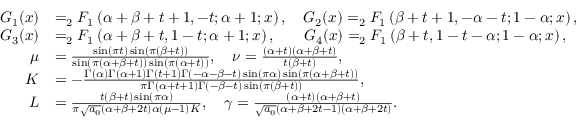
\begin{array} { r l } { G _ { 1 } ( x ) } & { = _ { 2 } F _ { 1 } \left( \alpha + \beta + t + 1 , - t ; \alpha + 1 ; x \right) , \quad G _ { 2 } ( x ) = _ { 2 } F _ { 1 } \left( \beta + t + 1 , - \alpha - t ; 1 - \alpha ; x \right) , } \\ { G _ { 3 } ( x ) } & { = _ { 2 } F _ { 1 } \left( \alpha + \beta + t , 1 - t ; \alpha + 1 ; x \right) , \quad \; \; \; G _ { 4 } ( x ) = _ { 2 } F _ { 1 } \left( \beta + t , 1 - t - \alpha ; 1 - \alpha ; x \right) , } \\ { \mu } & { = \frac { \sin ( \pi t ) \sin ( \pi ( \beta + t ) ) } { \sin ( \pi ( \alpha + \beta + t ) ) \sin ( \pi ( \alpha + t ) ) } , \quad \nu = \frac { ( \alpha + t ) ( \alpha + \beta + t ) } { t ( \beta + t ) } , } \\ { K } & { = - \frac { \Gamma ( \alpha ) \Gamma ( \alpha + 1 ) \Gamma ( t + 1 ) \Gamma ( - \alpha - \beta - t ) \sin ( \pi \alpha ) \sin ( \pi ( \alpha + \beta + t ) ) } { \pi \Gamma ( \alpha + t + 1 ) \Gamma ( - \beta - t ) \sin ( \pi ( \beta + t ) ) } , } \\ { L } & { = \frac { t ( \beta + t ) \sin ( \pi \alpha ) } { \pi \sqrt { a _ { 0 } } ( \alpha + \beta + 2 t ) \alpha ( \mu - 1 ) K } , \quad \gamma = \frac { ( \alpha + t ) ( \alpha + \beta + t ) } { \sqrt { a _ { 0 } } ( \alpha + \beta + 2 t - 1 ) ( \alpha + \beta + 2 t ) } . } \end{array}